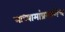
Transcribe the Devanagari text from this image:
माध्यामांप्रमाणेच